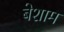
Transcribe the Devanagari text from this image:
बेशाम